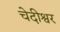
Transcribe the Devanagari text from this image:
चेदीश्वर